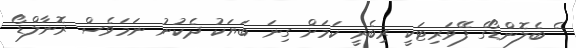
ެ ބެލޮންޑޯގެ ފޭވަރިޓަކީ ރިބެރީ ކަމަށް ގިނަ ބަޔަކު ދެކުނު ނަމަވެސް ރޮނާލްޑޯ